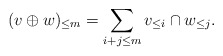
\begin{align*}(v \oplus w)_{\leq m} = \sum_{i + j \leq m} v_{\leq i} \cap w_{\leq j}.\\\end{align*}